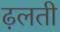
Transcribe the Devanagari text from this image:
ढ़लती